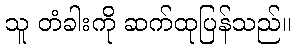
သူ တံခါးကို ဆက်ထုပြန်သည်။